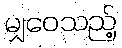
မျှဝေသည့်